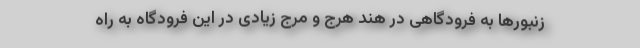
زنبورها به فرودگاهی در هند هرج و مرج زیادی در این فرودگاه به راه